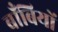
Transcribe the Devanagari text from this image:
बाँबियों